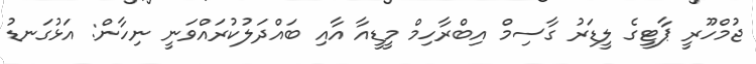
ޖުމްހޫރީ ޕާޓީގެ ލީޑަރު ގާސިމް އިބްރާހިމް މީޑީއާ އާއި ބައްދަލުކުރައްވަނީ ނިހާން: އަޅުގަނޑު